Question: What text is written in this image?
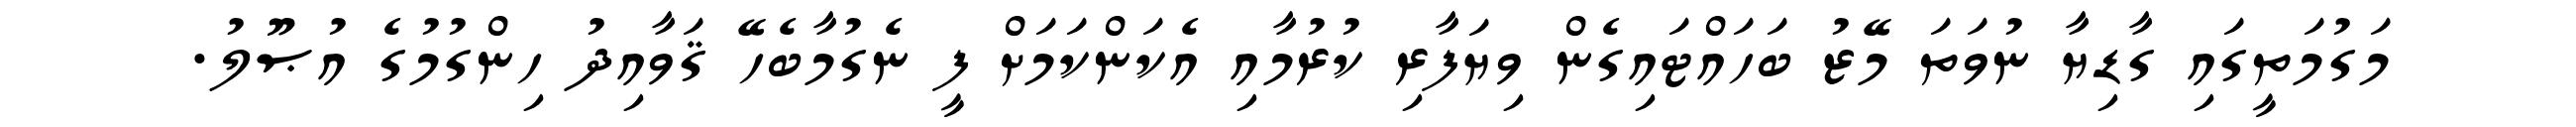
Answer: މަގުމަތީގައި ގާޑިޔާ ނުވަތަ މޭޒު ބަހައްޓައިގެން ވިޔަފާރި ކުރުމާއި އެކަންކަމަށް ފީ ނެގުމާބެހޭ ޤަވާއިދު ހިންގުމުގެ އުޞޫލު.